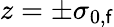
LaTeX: z=\pm\sigma_{0,\mathsf{f}}